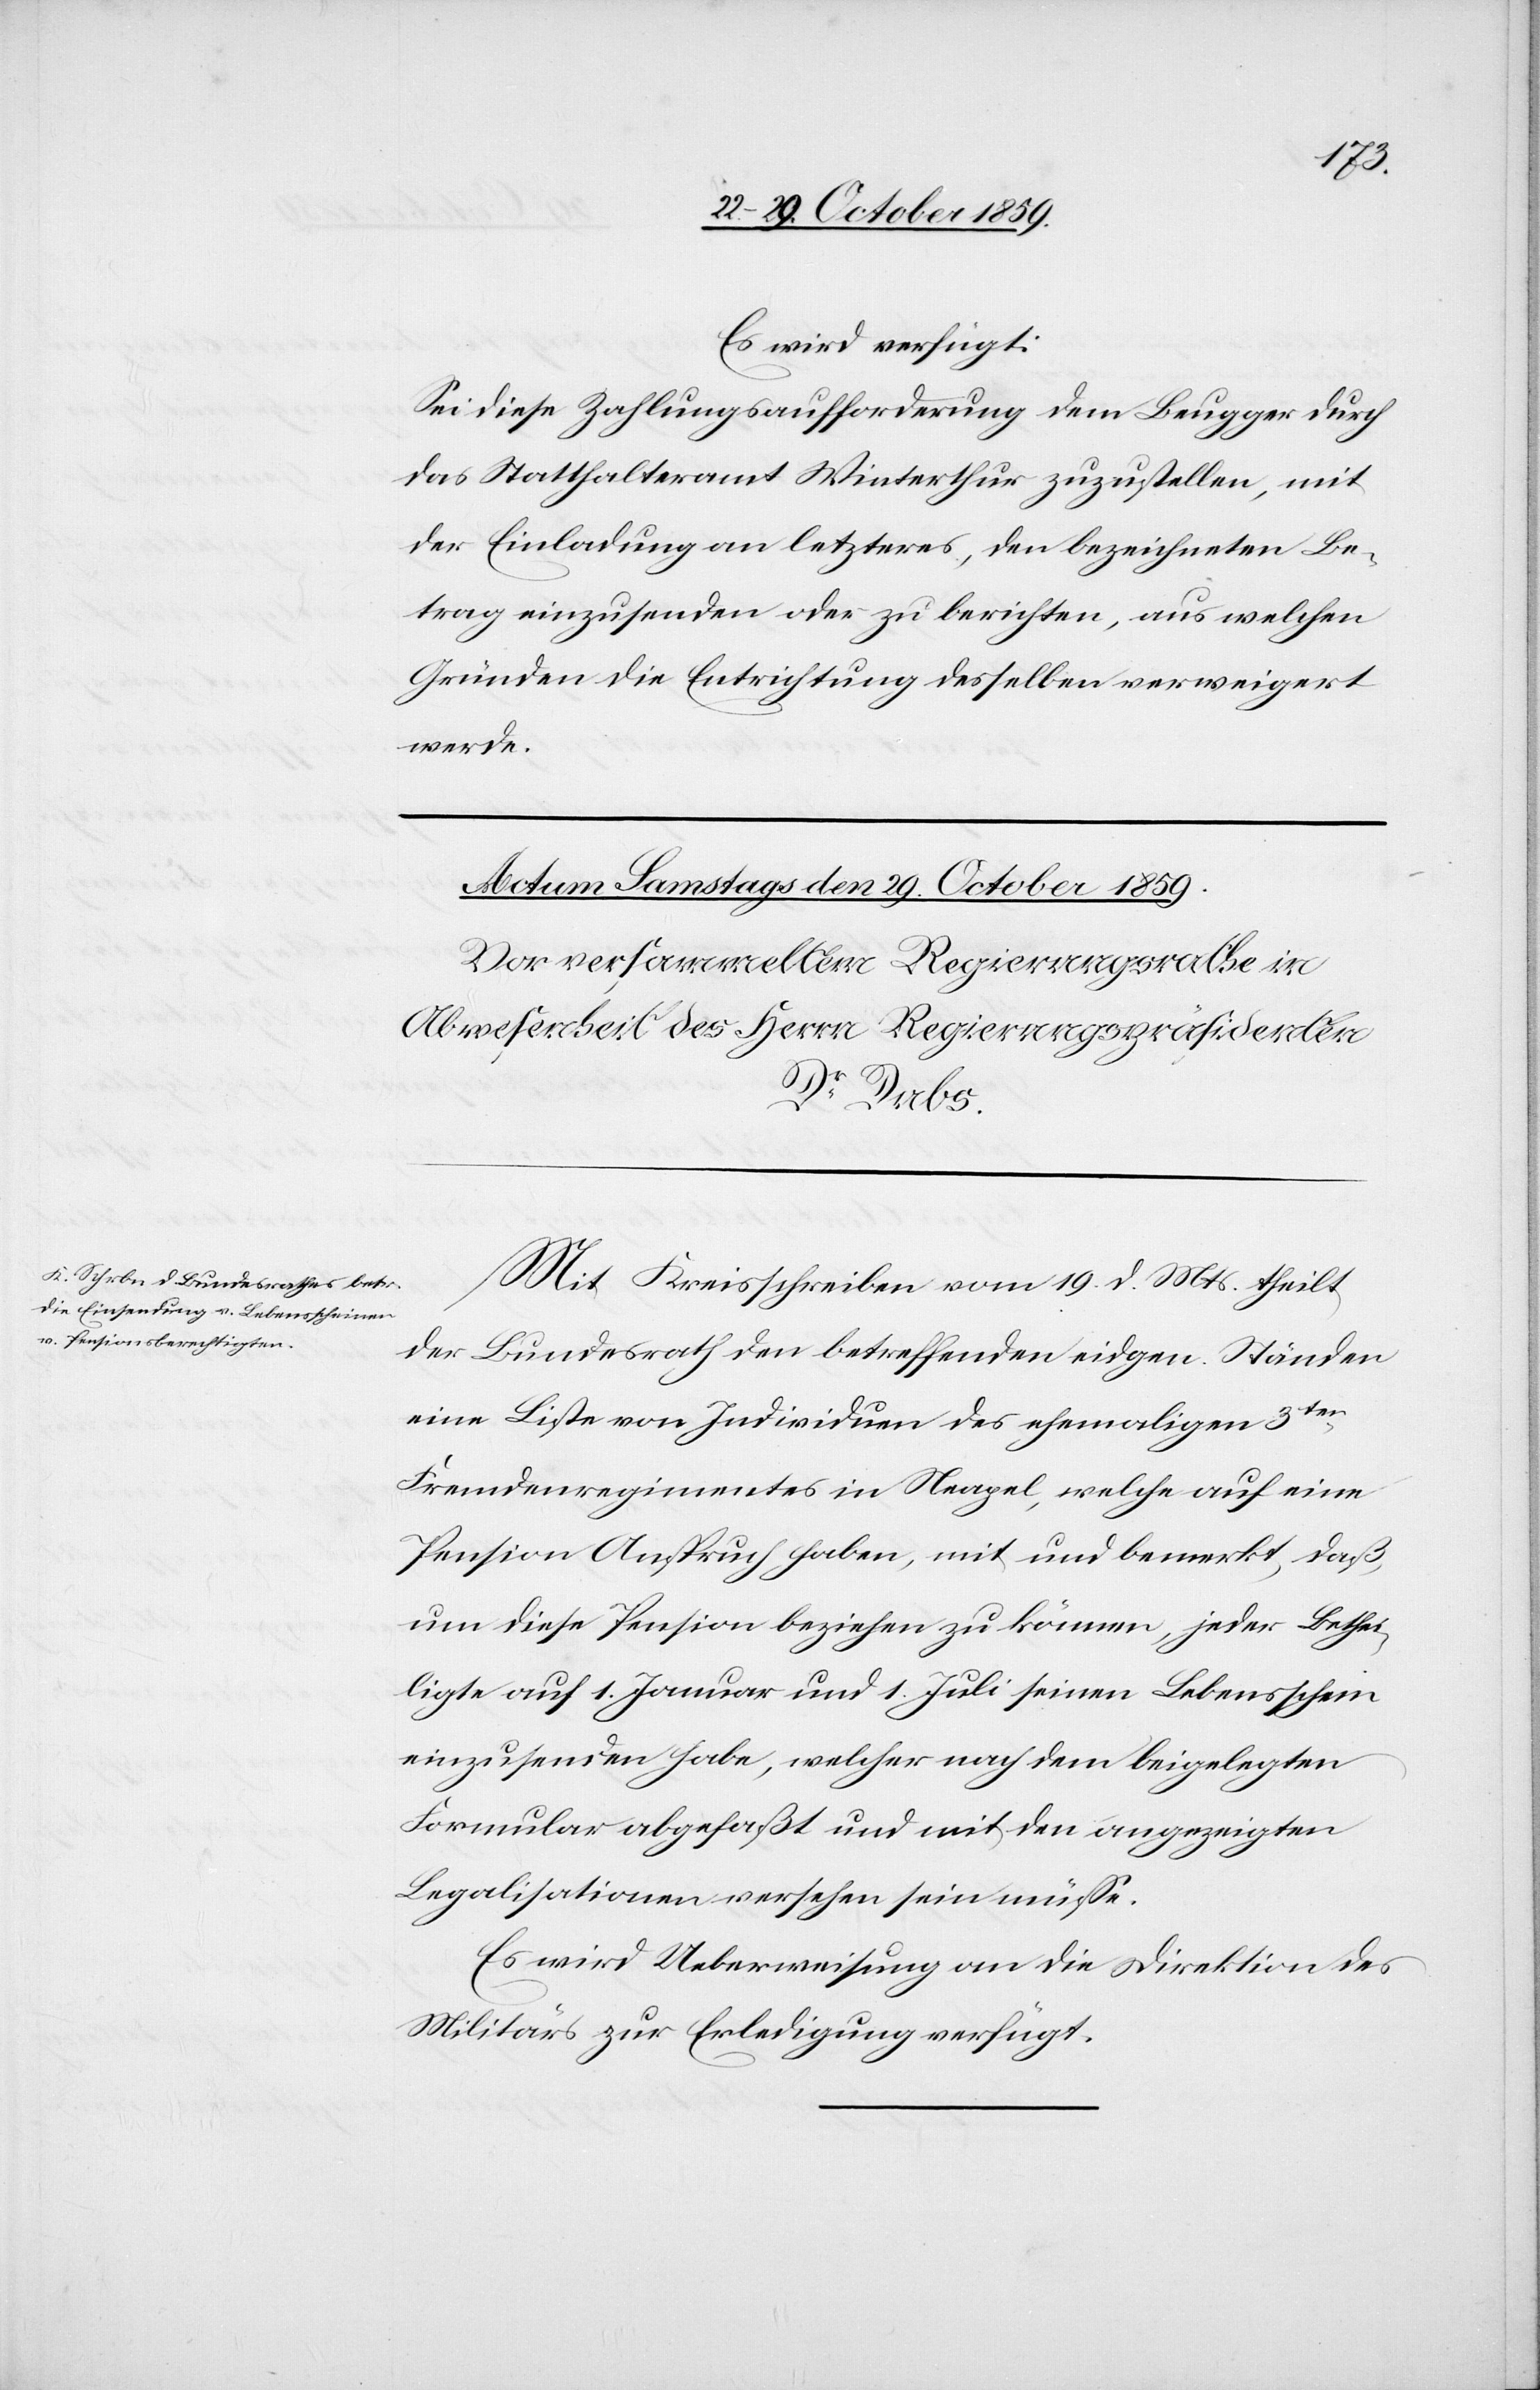
Es wird verfügt:
Sei diese Zahlungsaufforderung dem Beugger durch
das Statthalteramt Winterthur zuzustellen, mit
der Einladung an letzteres, den bezeichneten Be¬
trag einzusenden oder zu berichten, aus welchen
Gründen die Entrichtung desselben verweigert
werde.
Mit Kreisschreiben vom 19. d. Mts. theilt
der Bundesrath den betreffenden eidgen. Ständen
eine Liste von Individuen des ehemaligen 3ten
Fremdenregimentes in Neapel, welche auf eine
Pension Anspruch haben, mit und bemerkt, daß,
um diese Pension beziehen zu können, jeder Bethei¬
ligte auf 1. Januar und 1. Juli seinen Lebensschein
einzusenden habe, welcher nach dem beigelegten
Formular abgefaßt und mit den angezeigten
Legalisationen versehen sein müsse.
Es wird Ueberweisung an die Direktion des
Militärs zur Erledigung verfügt.